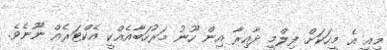
މިއީ އެ މީހަކަށް ފިލްމީ ދާއިރާ އިން ހޫނު މަރުހަބާއެއްކީ އެކްޓަރެއް ނޫނެވެ.